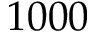
1 0 0 0